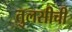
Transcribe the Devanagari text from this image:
तुलसीची